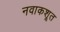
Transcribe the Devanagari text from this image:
नवाकशूत